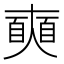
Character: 𡚐